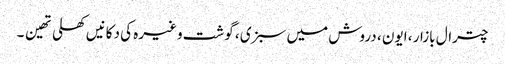
چترال بازار ، ایون ، دروش میں سبزی ، گوشت وغیرہ کی دکانیں کھلی تھین ۔